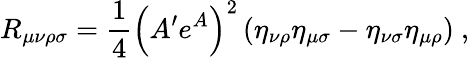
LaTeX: R_{\mu\nu\rho\sigma}=\frac{1}{4}\left(A^{\prime}e^{A}\right)^{2}\left(\eta_{\nu\rho}\eta_{\mu\sigma}-\eta_{\nu\sigma}\eta_{\mu\rho}\right)~,